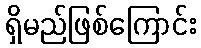
ရှိမည်ဖြစ်ကြောင်း